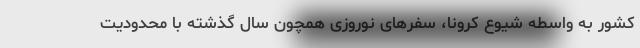
کشور به واسطه شیوع کرونا، سفرهای نوروزی همچون سال گذشته با محدودیت